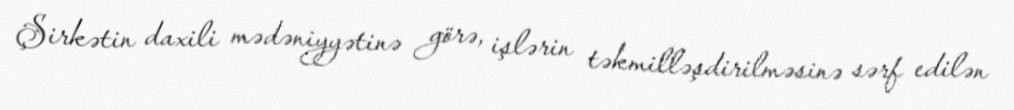
Şirkətin daxili mədəniyyətinə görə, işlərin təkmilləşdirilməsinə sərf edilən